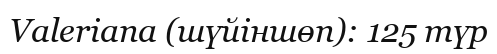
Valeriana (шүйіншөп): 125 түр